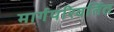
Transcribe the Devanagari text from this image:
मार्गपरिवर्तित